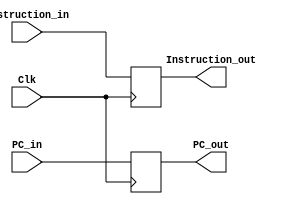
`timescale 1ns / 1ps
//////////////////////////////////////////////////////////////////////////////////
// Company: 
// Engineer: 
// 
// Design Name: 
// Module Name: IF_ID
// Project Name: 
// Target Devices: 
// Tool Versions: 
// Description: 
// 
// Dependencies: 
// 
// Revision:
// Revision 0.01 - File Created
// Additional Comments:
// 
//////////////////////////////////////////////////////////////////////////////////


module IF_ID(Clk, Instruction_in, Instruction_out, PC_in, PC_out);
    input Clk;
    input [31:0] Instruction_in, PC_in;
    output reg [31:0] Instruction_out, PC_out;
    always@(posedge Clk) begin
            Instruction_out <= Instruction_in;
            PC_out <= PC_in;
    end
endmodule